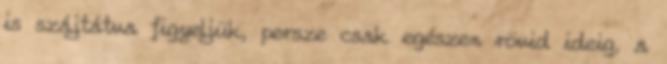
is szájtátva figyeljük, persze csak egészen rövid ideig, a